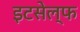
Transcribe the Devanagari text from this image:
इटसेल्फ